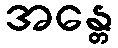
အန္တေ